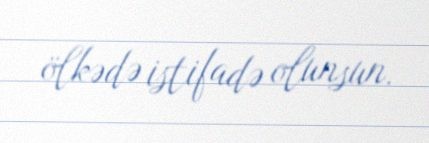
ölkədə istifadə olunsun.